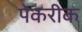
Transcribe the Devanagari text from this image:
पेकरीक